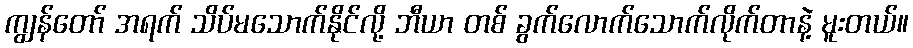
ကျွန်တော် အရက် သိပ်မသောက်နိုင်လို့ ဘီယာ တစ် ခွက်လောက်သောက်လိုက်တာနဲ့ မူးတယ်။